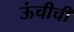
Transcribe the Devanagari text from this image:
ऊंचीची